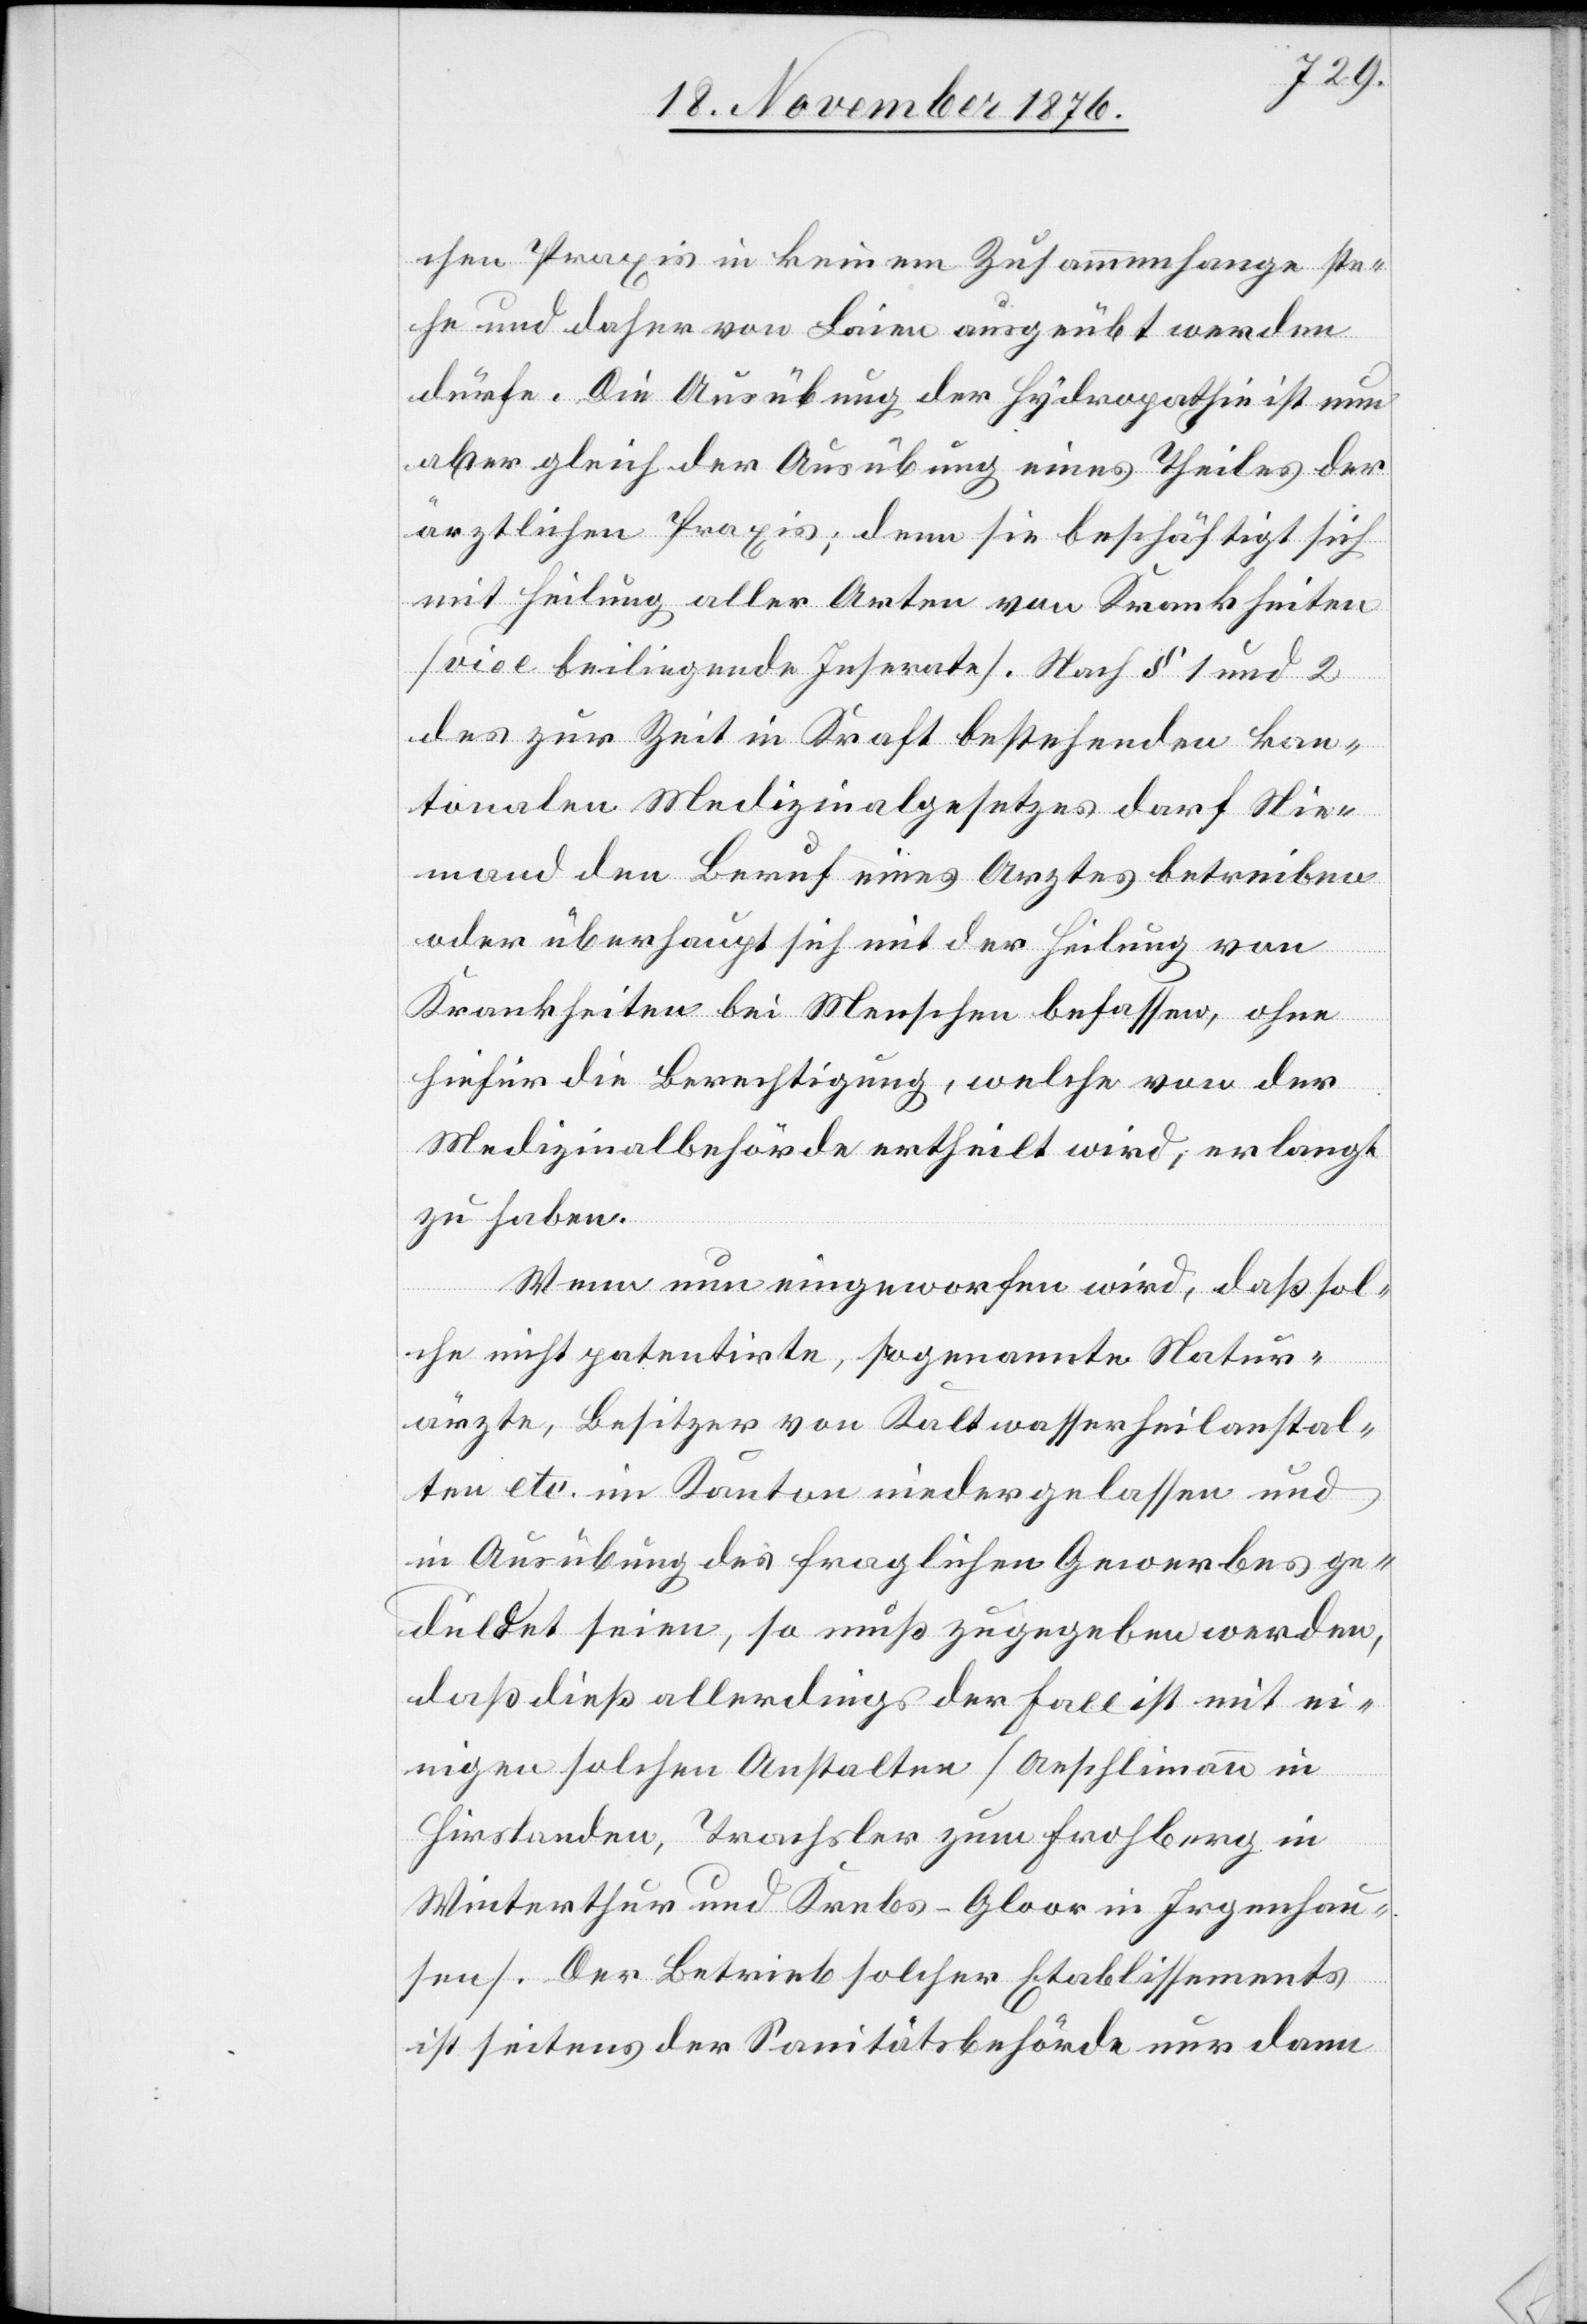
chen Praxis in keinem Zusammengange ste¬
he und daher von Laien ausgeübt werden
dürfe. Die Ausübung der Hydropathie ist nun
aber gleich der Ausübung eines Theiles der
ärztlichen Praxis; denn sie beschäftigt sich
mit Heilung aller Arten von Krankheiten
[vide beiliegende Inserate]. Nach § 1 und 2
des zur Zeit in Kraft bestehenden kan¬
tonalen Medizinalgesetzes darf Nie¬
mand den Beruf eines Arztes betreiben
oder überhaupt sich mit der Heilung von
Krankheiten bei Menschen befassen, ohne
hiefür die Berechtigung, welche von der
Medizinalberhöre ertheilt wird, erlangt
zu haben.
Wenn nun eingeworfen wird, daß sol¬
che nicht patentirte, sogenannte Natur¬
ärzte, Besitzer von Kaltwasserheilanstal¬
ten etc. im Kanton niedergelassen und
in Ausübung des fraglichen Gewerbes ge¬
duldet seien, so muß zugegeben werden,
daß dieß allerdings der Fall ist mit ei¬
nigen solchen Anstalten [Aeschlimann in
Hirslanden, Trachsler zum Frohberg in
Winterthur und Krebs-Gloor in Irgenhau¬
sen]. Der Betrieb solcher Etablissements
ist seitens der Sanitätsbehörde nur dann